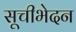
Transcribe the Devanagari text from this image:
सूचीभेदन